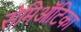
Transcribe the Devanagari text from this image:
सेमिऑटिका